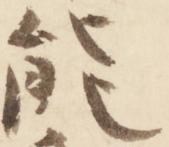
能